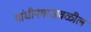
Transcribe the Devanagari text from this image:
गांधीनगरजवळील